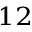
^ { 1 2 }